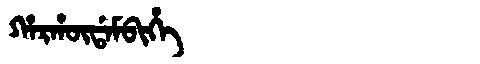
Manchu: ᡥᠠᡵᡥᡡᡩᠠᠮᠪᡳᡥᡝ
Romanization: HARHŪDAMBIHE